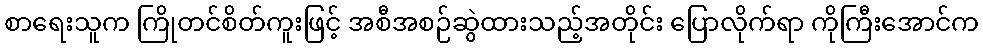
စာရေးသူက ကြိုတင်စိတ်ကူးဖြင့် အစီအစဉ်ဆွဲထားသည့်အတိုင်း ပြောလိုက်ရာ ကိုကြီးအောင်က